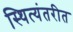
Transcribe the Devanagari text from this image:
स्थित्यंतरीत